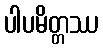
ပါပမိတ္တဿ